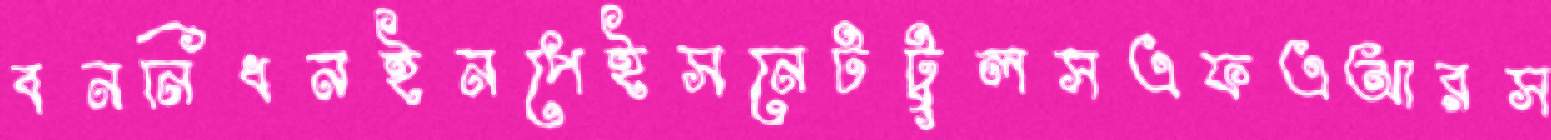
বননিধনইনপেইসনেটটুলসএফএআরস